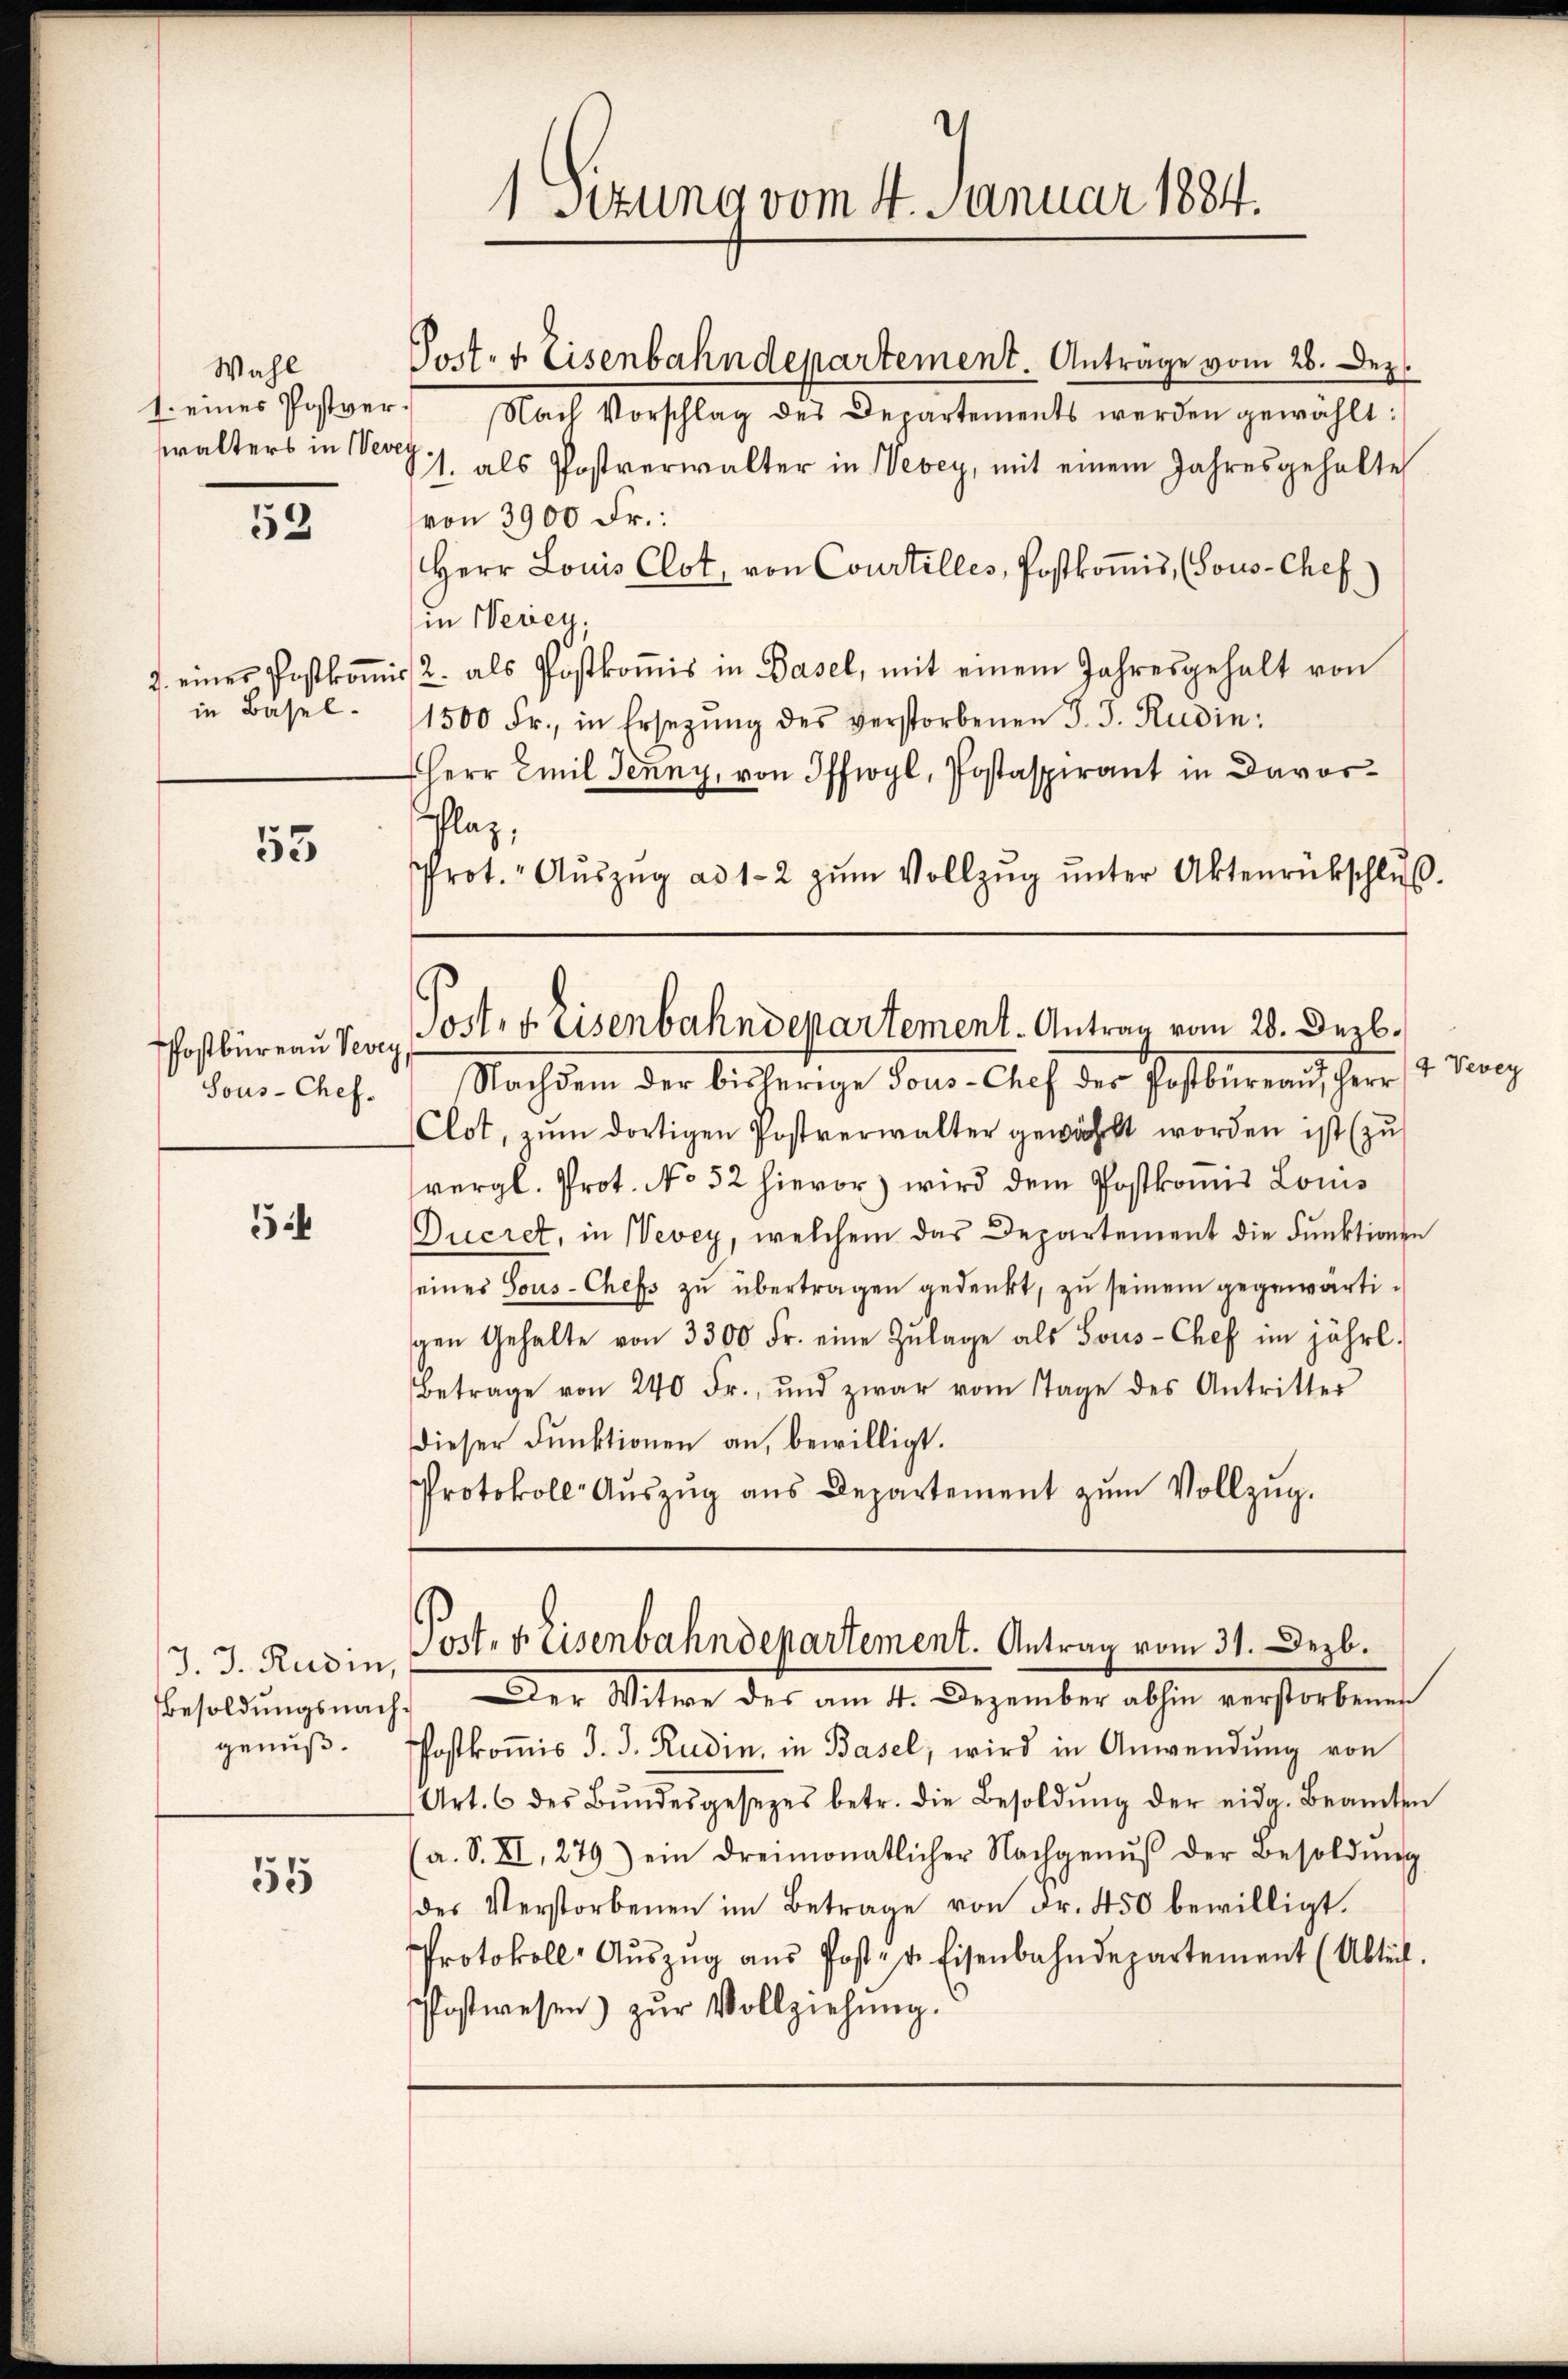
Wahl
1. eines Postverwalters in Vevey

53

in Basel.

53

Sous-Chef.

54

55

Post- & Eisenbahndepartement. Anträge vom 26. Dez.
Nach Vorschlag des Departements werden gewählt:
1. als Postverwalter in Webey, mit einem Jahresgehalte
von 3900 Fr.:
Herr Louis Clot, von Courtilles, Postkomis, (Tous-Chef
in Newey,
7. einer Postkoṁis 2. als Postkoṁis in Basel, mit einem Jahresgehalt von
1500 Fr., in Ersezung des verstorbenen J. J. Rudin
Herr Emil Jenny, von Offigl, Postaspirant in Davor¬
Phlag,
Prot. Aŭszŭg ad 1-2 zŭm Vollzŭg ŭnter Aktenrückschlŭβ
Postbüreaŭ Vevey Post. v. Eisenbahndepartement. Antrag vom 28. Dezb.
Nachdem der bisherige Tous-Chef der Postbureau, Herr J. Vevey
Clot, zŭm dortigen Postverwalter gewählt worden ist (zu
vergl. Prot. No 52 hievor) wird dem Postkomis Louis
Ducret, in Vevey, welchem das Departement die Funktionen
seines Sous-Chefs zu übertragen gedenkt, zu seinem gegenwärtigen Gehalte von 3300 Fr. eine Zŭlage als Sous-Chef im jährl.
Betrage von 240 Fr., und zwar vom Tage des Antritter
dieser Funktionen an, bewilligt.
Protokoll- Aŭszŭg aŭs Departement zŭm Vollzŭg.

1 Sitzung vom 4. Januar 1884.

.
J. J. Rudin, Cost. v. Eisenbahndepartement. Antrag vom 31. Dezb.

Besoldungsnach der Witwe des am 4. Dezember abhin verstorbener
genuß. Postkomis d. J. Rudin, in Basel, wird in Anwendung von
Art. 6 des Bŭndesgesezes betr. die Besoldŭng der eidg. Beamten
(a. S. XI, 279) ein dreimonatlicher Nachgenŭβ der Besoldung
des Verstorbenen im Betrage von Fr. 450 bewilligt.
Protokoll- Aŭszŭg aŭs Post- u. Eisenbahndepartement (Abteil.
ostwesen) zŭr Vollziehung.